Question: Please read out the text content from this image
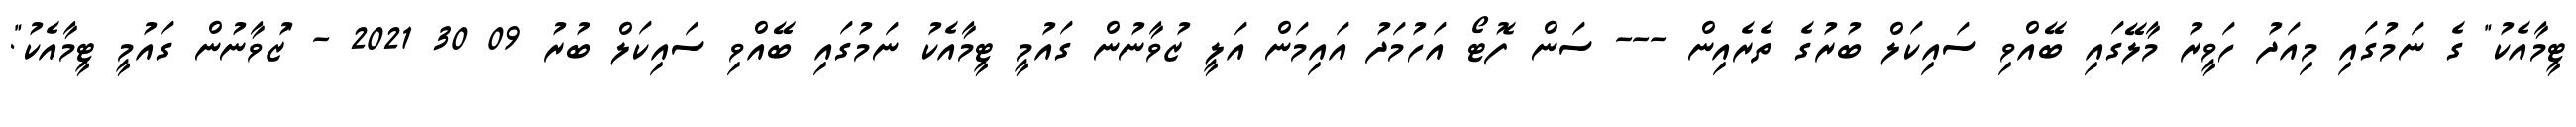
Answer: ޓީމާއެކު" ގެ ނަމުގައި މިއަދު ހަވީރު މާލޭގައި ބޭއްވި ސައިކަލް ބުރުގެ ތެރެއިން --- ސަން ފޮޓޯ އަހުމަދު އައިމަން އަލީ ޒުވާނުން ގައުމީ ޓީމާއެކު ނަމުގައި ބޭއްވި ސައިކަލް ބުރު 09 30 2021 - "ޒުވާނުން ގައުމީ ޓީމާއެކު".